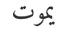
يموت